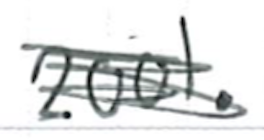
Text: 2001.
Cross-out: scratch
Writing tool: ballpoint